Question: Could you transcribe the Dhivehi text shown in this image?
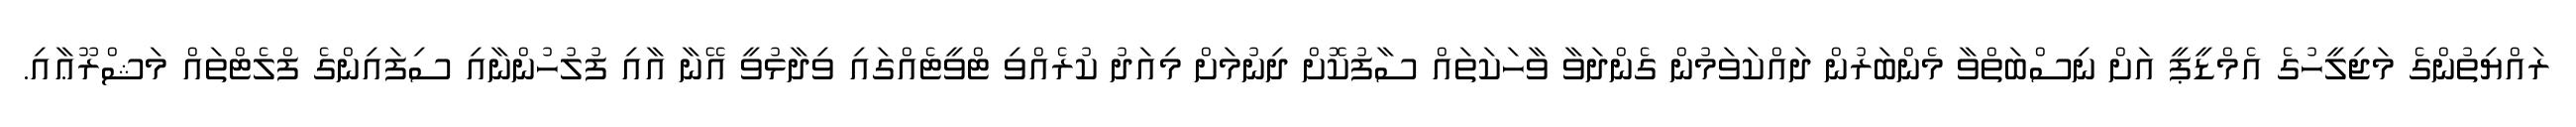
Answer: ރައްޔިތުންގެ މަޖިލީހުގެ އެމްޑީޕީ އަށް ނިސްބަތްވާ މެންބަރުން ދައްކަވަމުން ގެންދަވާ ވާހަކަތައް ސާފުކޮށް ދިނުމަށް މިއަދު ކުރެއްވި ޓްވީޓެއްގައި ވިދާޅުވީ އޭނާ އާއި ފުލުހުންނާއި ސިފައިންގެ ފްލެޓްތައް މަޝްރޫޢާއި.